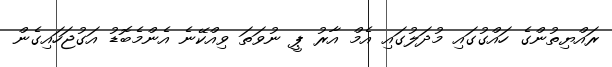
ރައްޔިތުންގެ ހައްގުގައި މުދަލުގައި އެމް އާރު ޕީ ނުވަތަ ވިއްކޭނެ އެންމެބޮޑު އަގުޖަހައިގެން